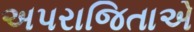
અપરાજિતાએ